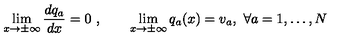
\lim _ { x \to \pm \infty } \frac { d q _ { a } } { d x } = 0 \ , \qquad \lim _ { x \to \pm \infty } q _ { a } ( x ) = v _ { a } , \ \forall a = 1 , \dots , N